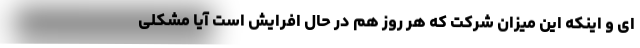
ای و اینکه این میزان شرکت که هر روز هم در حال افرایش است آیا مشکلی